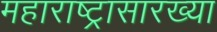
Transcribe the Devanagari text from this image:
महाराष्ट्रासारख्‍या